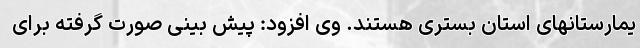
یمارستانهای استان بستری هستند. وی افزود: پیش بینی صورت گرفته برای